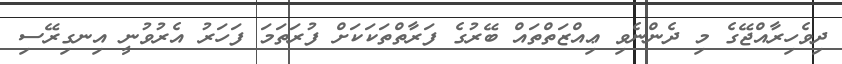
ދިވެހިރާއްޖޭގެ މި ދެންނެވި ޢިއްޒަތްތައް ބޭރުގެ ފަރާތްތަކަކަށް ފުރަތަމަ ފަހަރު އެރުވުނީ އިނގިރޭސި